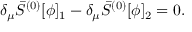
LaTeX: \delta _ { \mu } \bar { S } ^ { ( 0 ) } [ \phi ] _ { 1 } - \delta _ { \mu } \bar { S } ^ { ( 0 ) } [ \phi ] _ { 2 } = 0 .